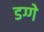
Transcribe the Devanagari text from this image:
डग्गे